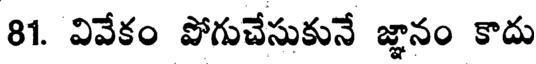
81. వివేకం పోగుచేసుకునే జ్ఞానం కాదు